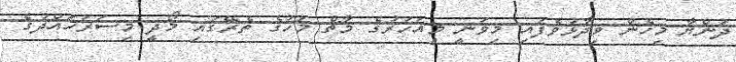
ދުންޔާ މިހެން ވިދާޅުވެފައި މިވަނީ މިއަހަރުގެ މާޗް މަހުގެ ތެރޭގައި މޯދީ މިސަރަހައްދުގެ